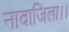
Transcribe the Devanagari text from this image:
नावाजिला।।